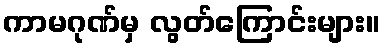
ကာမဂုဏ်မှ လွတ်ကြောင်းများ။